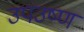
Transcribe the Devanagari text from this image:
उपउष्ण